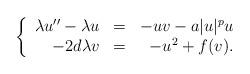
LaTeX: \begin{align*}\left\{ \begin{array}{rrrr}\lambda u''-\lambda u&=&-uv-a|u|^pu\\-2d\lambda v&=&-u^2+f(v). \end{array}\right.\end{align*}